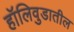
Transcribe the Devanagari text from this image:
हॉलिवुडातील